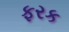
ફરક